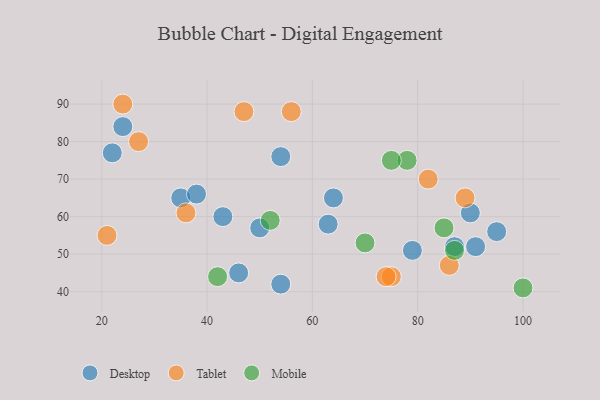
{"axis": {"x": "GDP", "y": "Life Expectancy"}, "legend": ["Desktop", "Mobile", "Tablet"], "data": [{"x": "91", "y": 52, "type": "Desktop"}, {"x": "43", "y": 60, "type": "Desktop"}, {"x": "46", "y": 45, "type": "Desktop"}, {"x": "54", "y": 42, "type": "Desktop"}, {"x": "50", "y": 57, "type": "Desktop"}, {"x": "63", "y": 58, "type": "Desktop"}, {"x": "90", "y": 61, "type": "Desktop"}, {"x": "35", "y": 65, "type": "Desktop"}, {"x": "24", "y": 84, "type": "Desktop"}, {"x": "22", "y": 77, "type": "Desktop"}, {"x": "38", "y": 66, "type": "Desktop"}, {"x": "95", "y": 56, "type": "Desktop"}, {"x": "54", "y": 76, "type": "Desktop"}, {"x": "87", "y": 52, "type": "Desktop"}, {"x": "79", "y": 51, "type": "Desktop"}, {"x": "64", "y": 65, "type": "Desktop"}, {"x": "82", "y": 70, "type": "Tablet"}, {"x": "27", "y": 80, "type": "Tablet"}, {"x": "47", "y": 88, "type": "Tablet"}, {"x": "86", "y": 47, "type": "Tablet"}, {"x": "75", "y": 44, "type": "Tablet"}, {"x": "21", "y": 55, "type": "Tablet"}, {"x": "89", "y": 65, "type": "Tablet"}, {"x": "56", "y": 88, "type": "Tablet"}, {"x": "36", "y": 61, "type": "Tablet"}, {"x": "24", "y": 90, "type": "Tablet"}, {"x": "74", "y": 44, "type": "Tablet"}, {"x": "78", "y": 75, "type": "Mobile"}, {"x": "100", "y": 41, "type": "Mobile"}, {"x": "85", "y": 57, "type": "Mobile"}, {"x": "42", "y": 44, "type": "Mobile"}, {"x": "52", "y": 59, "type": "Mobile"}, {"x": "75", "y": 75, "type": "Mobile"}, {"x": "87", "y": 51, "type": "Mobile"}, {"x": "70", "y": 53, "type": "Mobile"}]}